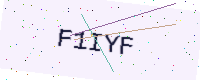
Text: F1IYF